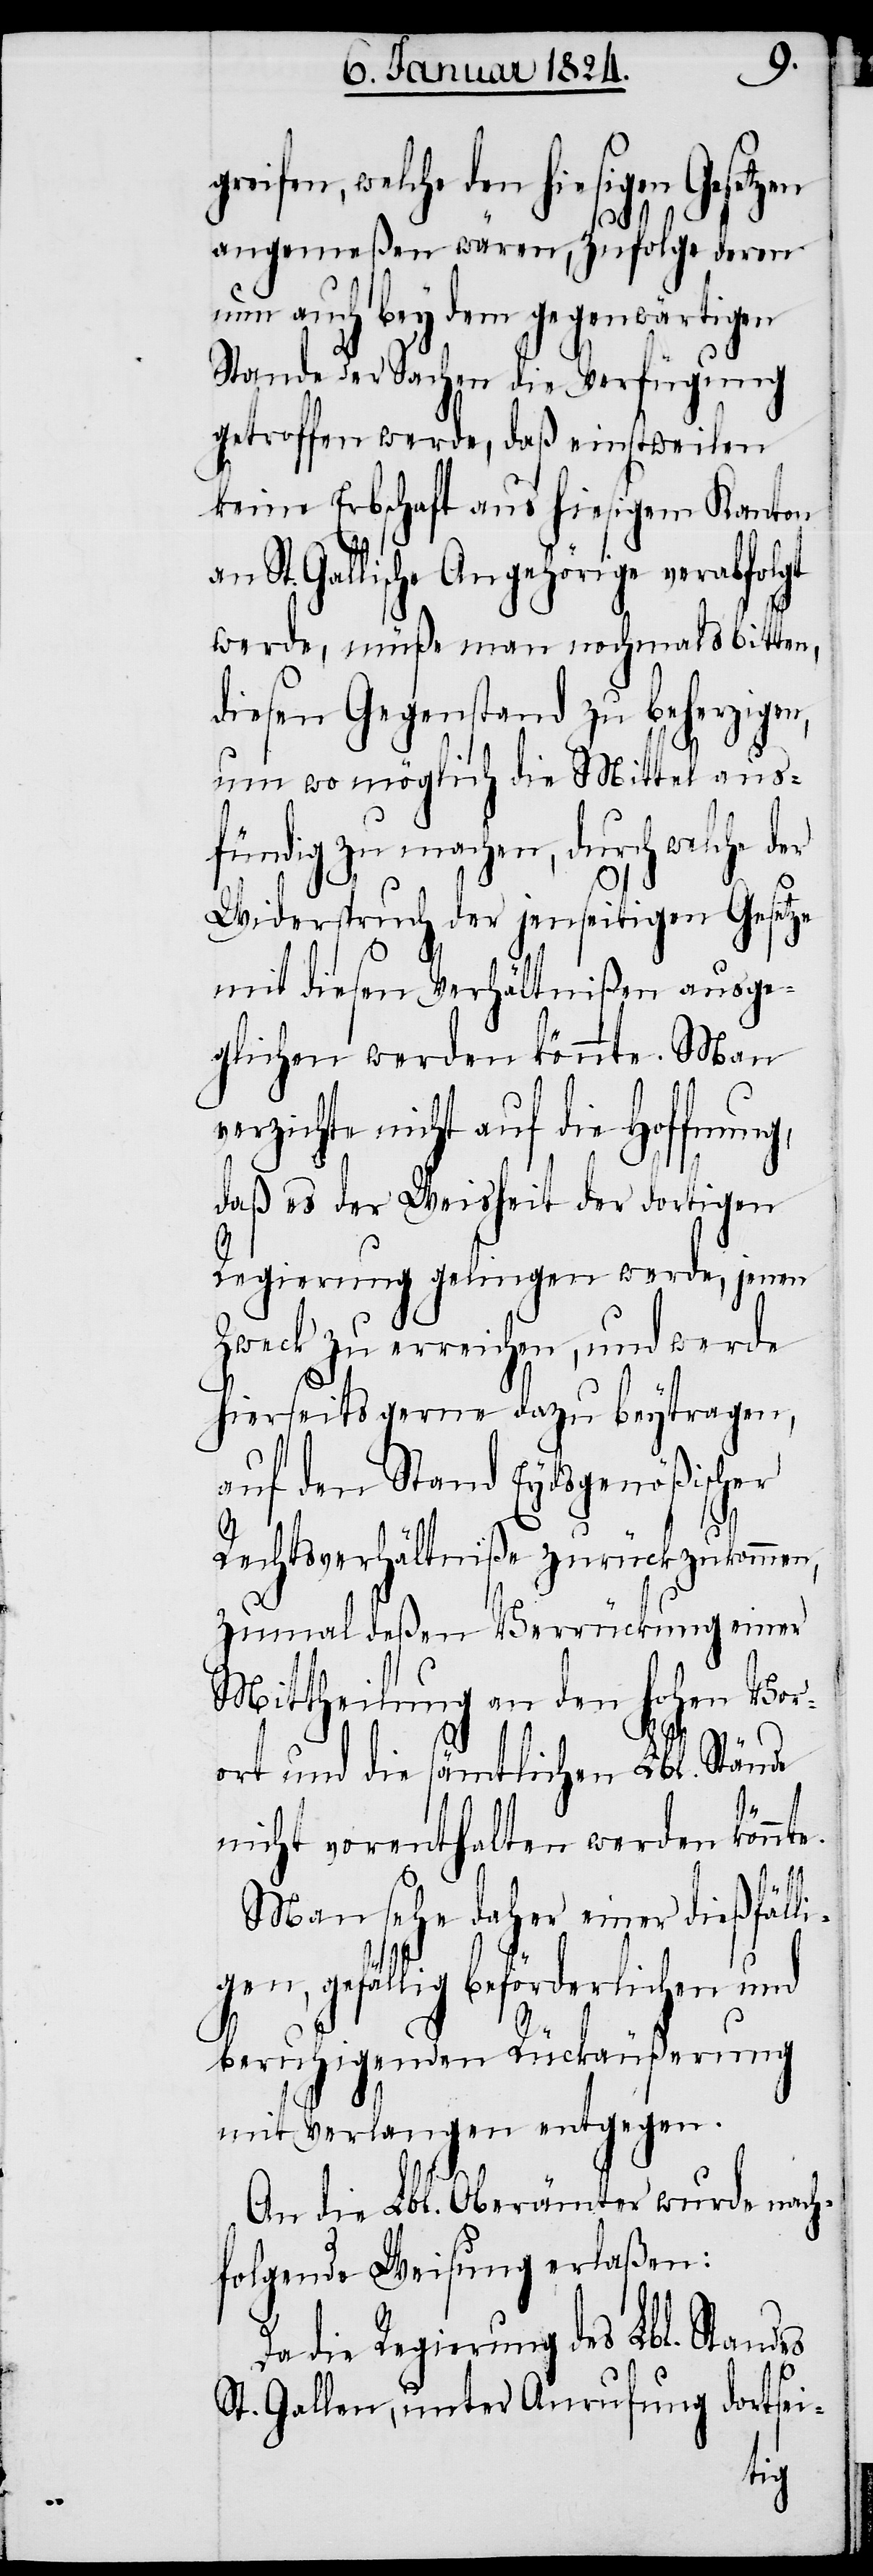
eifen, welche den hiesigen Gesetz¬
angemeßen wären, zufolge deren
nun auch bey dem gegenwärtigen
Stande der Sachen die Verfügung
getroffen werde, daß einstweilen
keine Erbschaft aus hiesigem Kanton
St. Gallische Angehörige verabfolgt
werde, müße man nochmals bitten,
diesen Gegenstand zu beherzigen,
um wo möglich die Mittel aus¬
fündig zu machen, durch welche
Widerspruch der jenseitigen Gesetze
mit diesen Verhältnißen ausge¬
glichen werden könnte. Man
verzichte nicht auf die Hoffnung,
daß es der Weisheit der dortigen
Regierung gelingen werde, jenen
Zweck zu erreichen, und werde
hierseits gerne dazu beytragen,
auf den Stand Eydsgenößischer
Rechtsverhältniße zurückzukommen,
zumal deßen Verrückung einer
Mittheilung an den hohen Vor¬
ort und die sämtlichen Lbl. Stände
nicht vorenthalten werden könnte.
en
Man sehe daher einer dießfälli¬
gen, gefällig beförderlichen und
beruhigenden Rückäußerung
mit Verlangen entgegen.
An die Lbl. Oberämter wurde nach¬
folgende Weisung erlaßen:
Da die Regierung des Lbl. Standes
St. Gallen, unter Anrufung dortsei-
gr¬